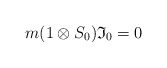
\begin{gather*}m(1\otimes S_0){\mathfrak{I}_0}=0\end{gather*}